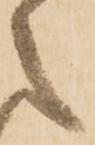
之